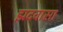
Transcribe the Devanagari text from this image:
झदवासा